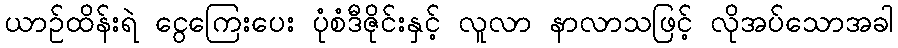
ယာဉ်ထိန်းရဲ ငွေကြေးပေး ပုံစံဒီဇိုင်းနှင့် လူလာ နာလာသဖြင့် လိုအပ်သောအခါ